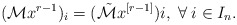
\begin{align*} (\mathcal{M}x^{r-1})_i =(\Tilde{\mathcal{M}}x^{[r-1]})i, \; \forall \; i\in I_n.\end{align*}